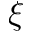
\xi